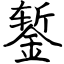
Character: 錾